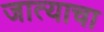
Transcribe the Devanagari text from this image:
जात्याचा